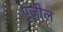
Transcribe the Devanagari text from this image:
पुजील